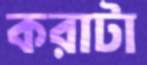
করাটা